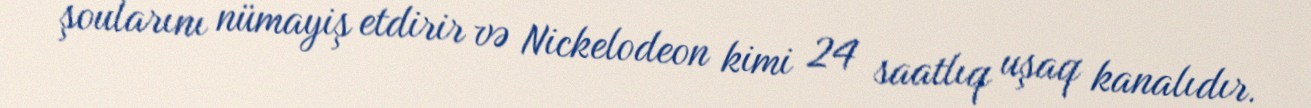
şoularını nümayiş etdirir və Nickelodeon kimi 24 saatlıq uşaq kanalıdır.